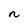
Character: n